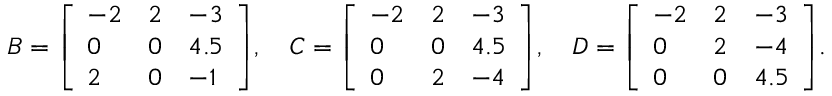
B = { \left[ \begin{array} { l l l } { - 2 } & { 2 } & { - 3 } \\ { 0 } & { 0 } & { 4 . 5 } \\ { 2 } & { 0 } & { - 1 } \end{array} \right] } , \quad C = { \left[ \begin{array} { l l l } { - 2 } & { 2 } & { - 3 } \\ { 0 } & { 0 } & { 4 . 5 } \\ { 0 } & { 2 } & { - 4 } \end{array} \right] } , \quad D = { \left[ \begin{array} { l l l } { - 2 } & { 2 } & { - 3 } \\ { 0 } & { 2 } & { - 4 } \\ { 0 } & { 0 } & { 4 . 5 } \end{array} \right] } .